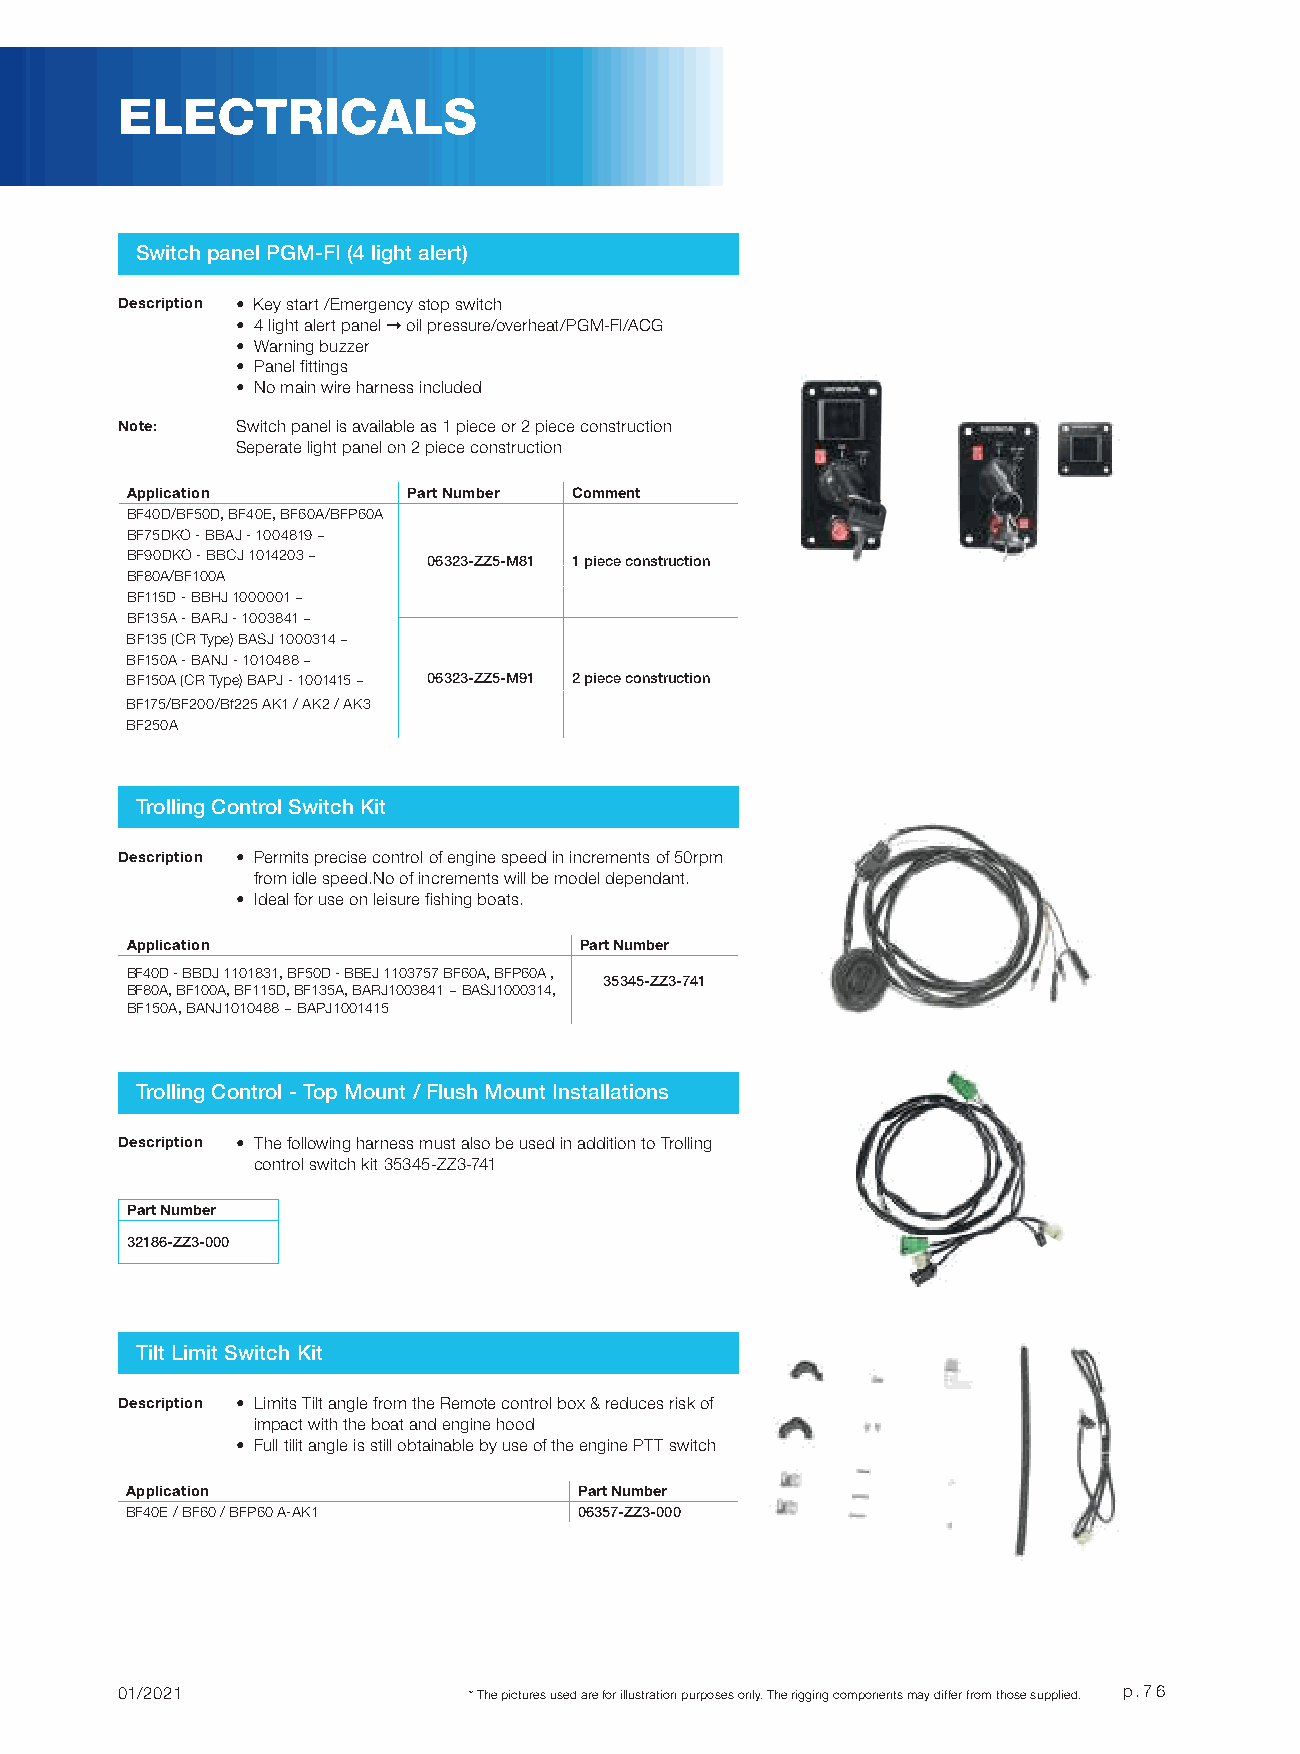
ELECTRICALS
 Switch panel PGM-FI (4 light alert)
 Description • Key start /Emergency stop switch
 • 4 light alert panel ➞ oil pressure/overheat/PGM-FI/ACG
 • Warning buzzer
 • Panel fittings
 • No main wire harness included
 Note:   Switch panel is available as 1 piece or 2 piece construction
 Seperate light panel on 2 piece construction
 Application        Part Number Comment
 BF40D/BF50D, BF40E, BF60A/BFP60A
 BF75DKO - BBAJ - 1004819 ~
 BF90DKO - BBCJ 1014203 ~ 06323-ZZ5-M81 1 piece construction
 BF80A/BF100A
 BF115D - BBHJ 1000001 ~
 BF135A - BARJ - 1003841 ~
 BF135 (CR Type) BASJ 1000314 ~
 BF150A - BANJ - 1010488 ~
 BF150A (CR Type) BAPJ - 1001415 ~ 06323-ZZ5-M91 2 piece construction
 BF175/BF200/Bf225 AK1 / AK2 / AK3
 BF250A
 Trolling Control Switch Kit
 Description • Permits precise control of engine speed in increments of 50rpm
 from idle speed.No of increments will be model dependant.
 • Ideal for use on leisure fishing boats.
 Application                   Part Number
 BF40D - BBDJ 1101831, BF50D - BBEJ 1103757 BF60A, BFP60A ,
 35345-ZZ3-741
 BF80A, BF100A, BF115D, BF135A, BARJ1003841 ~ BASJ1000314,
 BF150A, BANJ1010488 ~ BAPJ1001415
 Trolling Control - Top Mount / Flush Mount Installations
 Description • The following harness must also be used in addition to Trolling
 control switch kit 35345-ZZ3-741
 Part Number
 32186-ZZ3-000
 Tilt Limit Switch Kit
 Description • Limits Tilt angle from the Remote control box & reduces risk of
 impact with the boat and engine hood
 • Full tilit angle is still obtainable by use of the engine PTT switch
 Application                   Part Number
 BF40E / BF60 / BFP60 A-AK1    06357-ZZ3-000
 01/2021                * The pictures used are for illustration purposes only. The rigging components may differ from those supplied. p.76